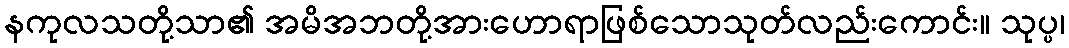
နကုလသတို့သာ၏ အမိအဘတို့အားဟောရာဖြစ်သောသုတ်လည်းကောင်း။ သုပ္ပ၊